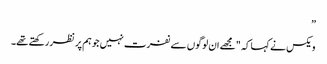
”
ویکس نے کہا کہ "مجھے ان لوگوں سے نفرت نہیں جو ہم پر نظر رکھتے تھے۔